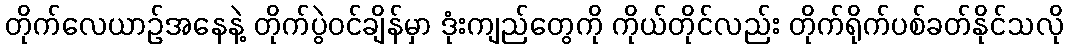
တိုက်လေယာဉ်အနေနဲ့ တိုက်ပွဲဝင်ချိန်မှာ ဒုံးကျည်တွေကို ကိုယ်တိုင်လည်း တိုက်ရိုက်ပစ်ခတ်နိုင်သလို